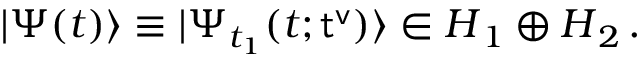
| \Psi ( t ) \rangle \equiv | \Psi _ { t _ { 1 } } ( t ; { \sf t ^ { v } } ) \rangle \in \boldsymbol { H } _ { 1 } \oplus \boldsymbol { H } _ { 2 } \, .